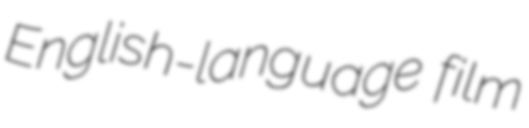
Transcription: English-language film